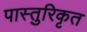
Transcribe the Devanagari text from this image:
पास्तुरिकृत